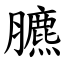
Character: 臕